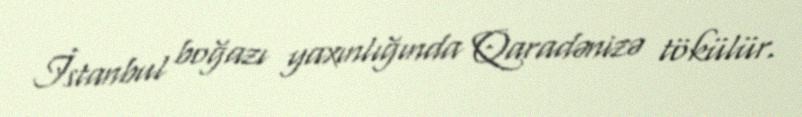
İstanbul boğazı yaxınlığında Qaradənizə tökülür.